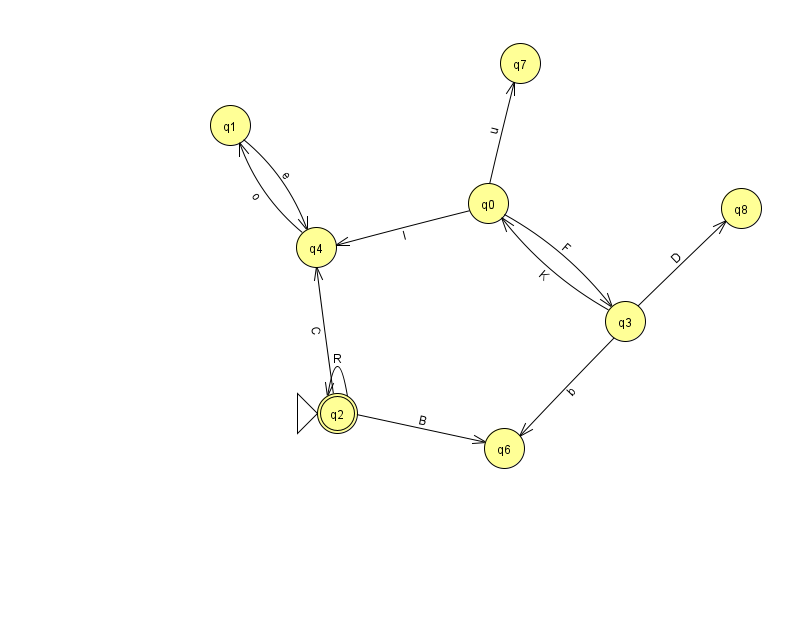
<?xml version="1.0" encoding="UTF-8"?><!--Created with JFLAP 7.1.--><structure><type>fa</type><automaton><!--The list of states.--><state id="0" name="q0"><x>488.0</x><y>190.0</y></state><state id="1" name="q1"><x>230.0</x><y>112.0</y></state><state id="2" name="q2"><x>337.0</x><y>400.0</y><initial/><final/></state><state id="3" name="q3"><x>625.0</x><y>308.0</y></state><state id="4" name="q4"><x>316.0</x><y>234.0</y></state><state id="6" name="q6"><x>504.0</x><y>435.0</y></state><state id="7" name="q7"><x>520.0</x><y>50.0</y></state><state id="8" name="q8"><x>741.0</x><y>195.0</y></state><!--The list of transitions.--><transition><from>4</from><to>1</to><read>o</read></transition><transition><from>0</from><to>3</to><read>F</read></transition><transition><from>0</from><to>4</to><read>l</read></transition><transition><from>2</from><to>2</to><read>R</read></transition><transition><from>2</from><to>4</to><read>C</read></transition><transition><from>3</from><to>8</to><read>D</read></transition><transition><from>3</from><to>6</to><read>b</read></transition><transition><from>0</from><to>7</to><read>u</read></transition><transition><from>1</from><to>4</to><read>e</read></transition><transition><from>2</from><to>6</to><read>B</read></transition><transition><from>3</from><to>0</to><read>K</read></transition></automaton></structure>